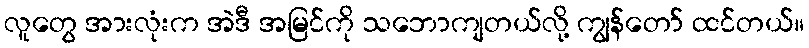
လူတွေ အားလုံးက အဲဒီ အမြင်ကို သဘောကျတယ်လို့ ကျွန်တော် ထင်တယ်။